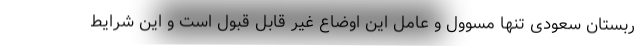
ربستان سعودی تنها مسوول و عامل این اوضاع غیر قابل قبول است و این شرایط